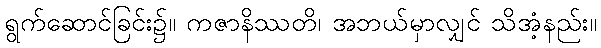
ရွက်ဆောင်ခြင်း၌။ ကဇာနိဿတိ၊ အဘယ်မှာလျှင် သိအံ့နည်း။